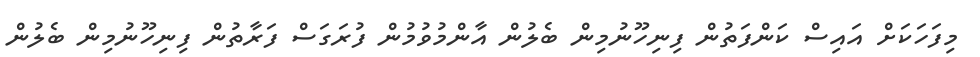
މިފަހަކަށް އައިސް ކަންފަތުން ފިނިހޫނުމިން ބެލުން އާންމުވުމުން ފުރަގަސް ފަރާތުން ފިނިހޫނުމިން ބެލުން